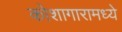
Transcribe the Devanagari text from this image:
कोशागारामध्ये